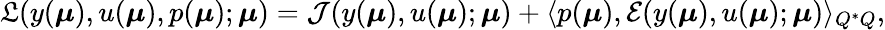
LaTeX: \mathfrak{L}(y(\boldsymbol{\mu}),u(\boldsymbol{\mu}),p(\boldsymbol{\mu});\boldsymbol{\mu})=\mathcal{J}(y(\boldsymbol{\mu}),u(\boldsymbol{\mu});\boldsymbol{\mu})+\langle p(\boldsymbol{\mu}),\mathcal{E}(y(\boldsymbol{\mu}),u(\boldsymbol{\mu});\boldsymbol{\mu})\rangle_{Q^{*}Q},